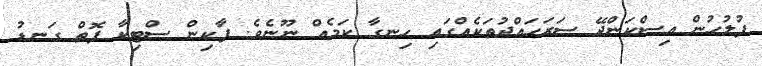
ފުލުހުން އިސްކަންދޭ ސަރަހައްދުތަކެއްގައި ހިނގާ ކަމެއް ނޫނެވެ. ޕާކިން ސްޓިކާ ފޮތް ގަނޑު